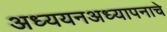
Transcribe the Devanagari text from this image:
अध्ययनअध्यापनाचे